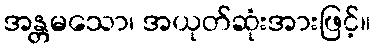
အန္တမသော၊ အယုတ်ဆုံးအားဖြင့်။